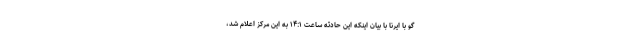
گو با ایرنا با بیان اینکه این حادثه ساعت ۱۴:۱ به این مرکز اعلام شد،